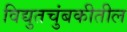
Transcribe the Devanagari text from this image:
विद्युतचुंबकीतील